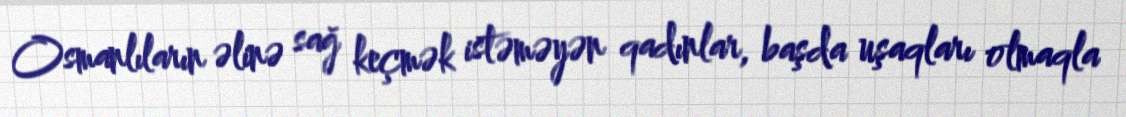
Osmanlıların əlinə sağ keçmək istəməyən qadınlar, başda uşaqları olmaqla